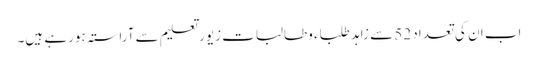
اب ان کی تعداد 52 سے زاہد طلباء وطالبات زیور تعلیم سے آراستہ ہورہے ہیں۔